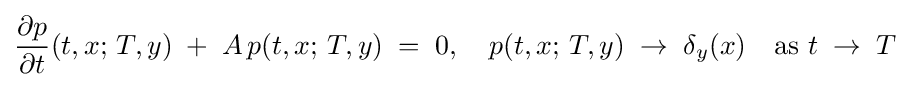
{\frac {\partial p}{\partial t}}(t,x;\,T,y)\;+\;A\,p(t,x;\,T,y)\;=\;0,\quad p(t,x;\,T,y)\;\to \;\delta _{y}(x)\quad {\text{as }}t\;\to \;T